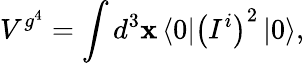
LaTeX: V^{g^{4}}=\int{d^{3}}\mathbf{x}\left\langle0\right|\left({I^{i}}\right)^{2}\left|0\right\rangle,